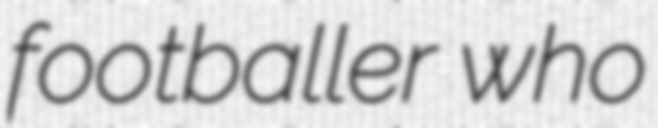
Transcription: footballer who